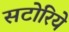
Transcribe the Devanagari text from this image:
सटोरिये